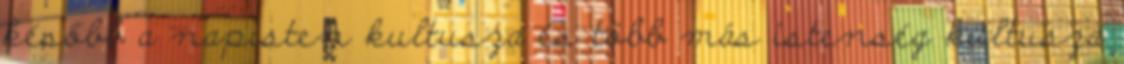
később a napisten kultusza és több más istenség kultusza